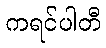
ကရင်ပါတီ